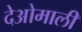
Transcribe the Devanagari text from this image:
देओमाली